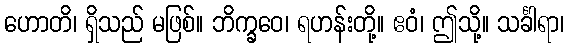
ဟောတိ၊ ရှိသည် မဖြစ်။ ဘိက္ခဝေ၊ ရဟန်းတို့။ ဧဝံ၊ ဤသို့။ သင်္ခါရာ၊